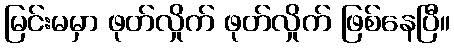
မြင်းမမှာ ဖုတ်လှိုက် ဖုတ်လှိုက် ဖြစ်နေပြီ။